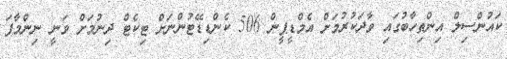
ކައުންސިލް އިންތިހާބުގައި ވާދަކުުރުމަށް އެމްޑީޕީން 506 ކެންޑިޑޭޓުންނަށް ޓިކެޓް ދިނުމަށް ވަނީ ނިންމާފަ